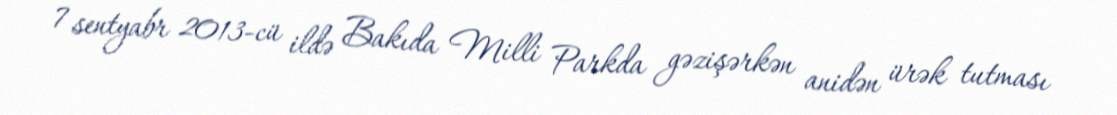
7 sentyabr 2013-cü ildə Bakıda Milli Parkda gəzişərkən anidən ürək tutması